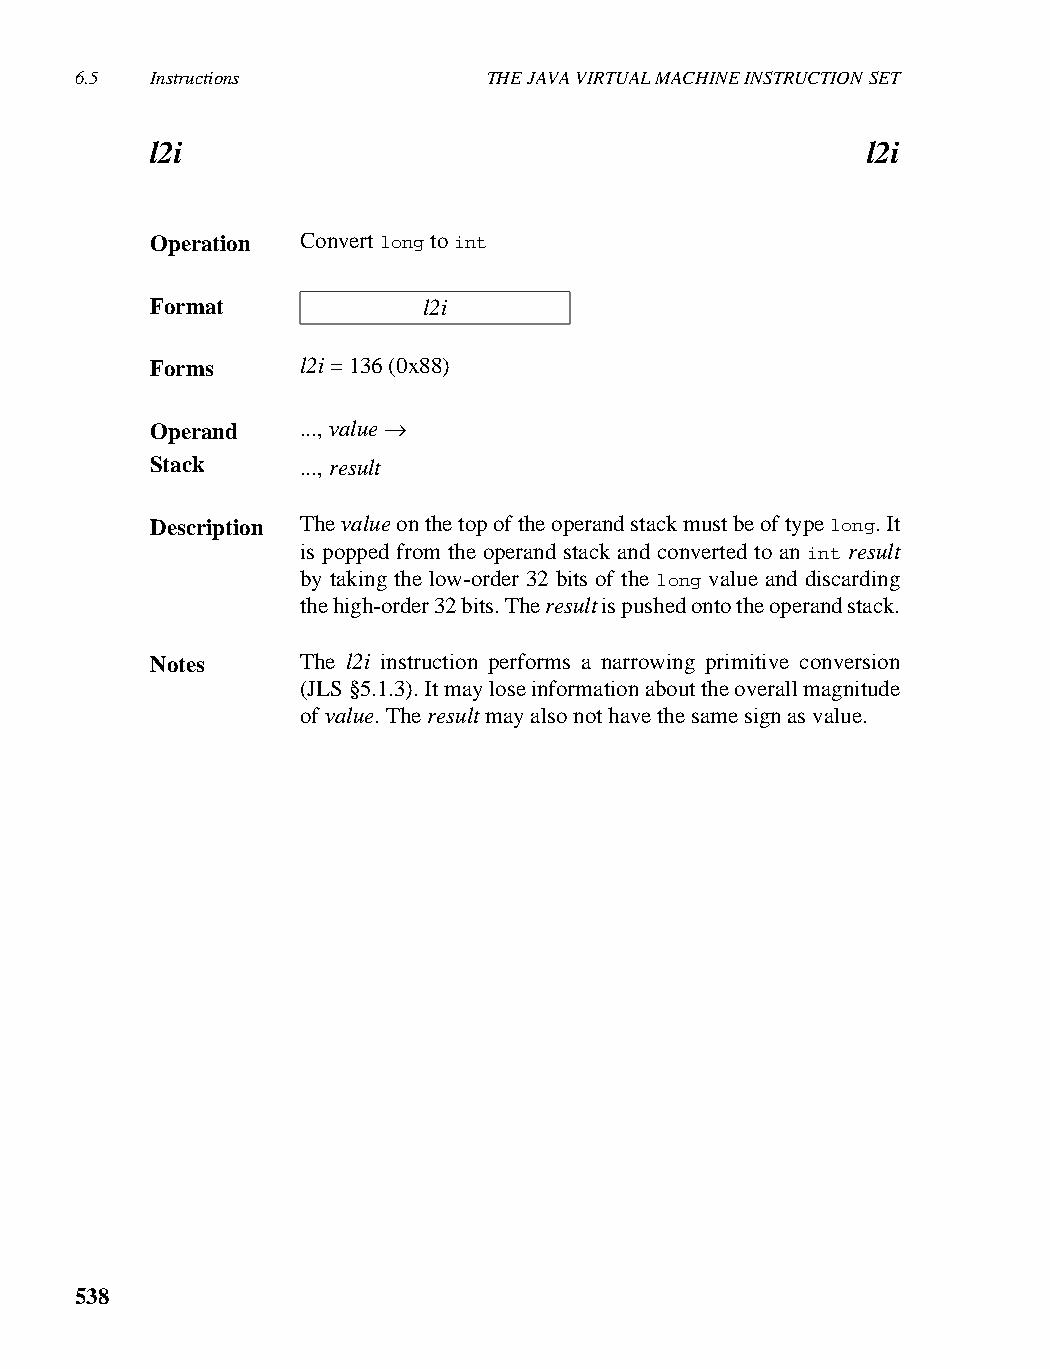
6.5  Instructions          THE JAVA VIRTUAL MACHINE INSTRUCTION SET
 l2i                                            l2i
 Operation Convert long to int
 Format            l2i
 Forms     l2i = 136 (0x88)
 Operand   ..., value →
 Stack     ..., result
 Description The value on the top of the operand stack must be of type long. It
 is popped from the operand stack and converted to an int result
 by taking the low-order 32 bits of the long value and discarding
 the high-order 32 bits. The result is pushed onto the operand stack.
 Notes     The l2i instruction performs a narrowing primitive conversion
 (JLS §5.1.3). It may lose information about the overall magnitude
 of value. The result may also not have the same sign as value.
 538